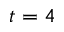
t = 4